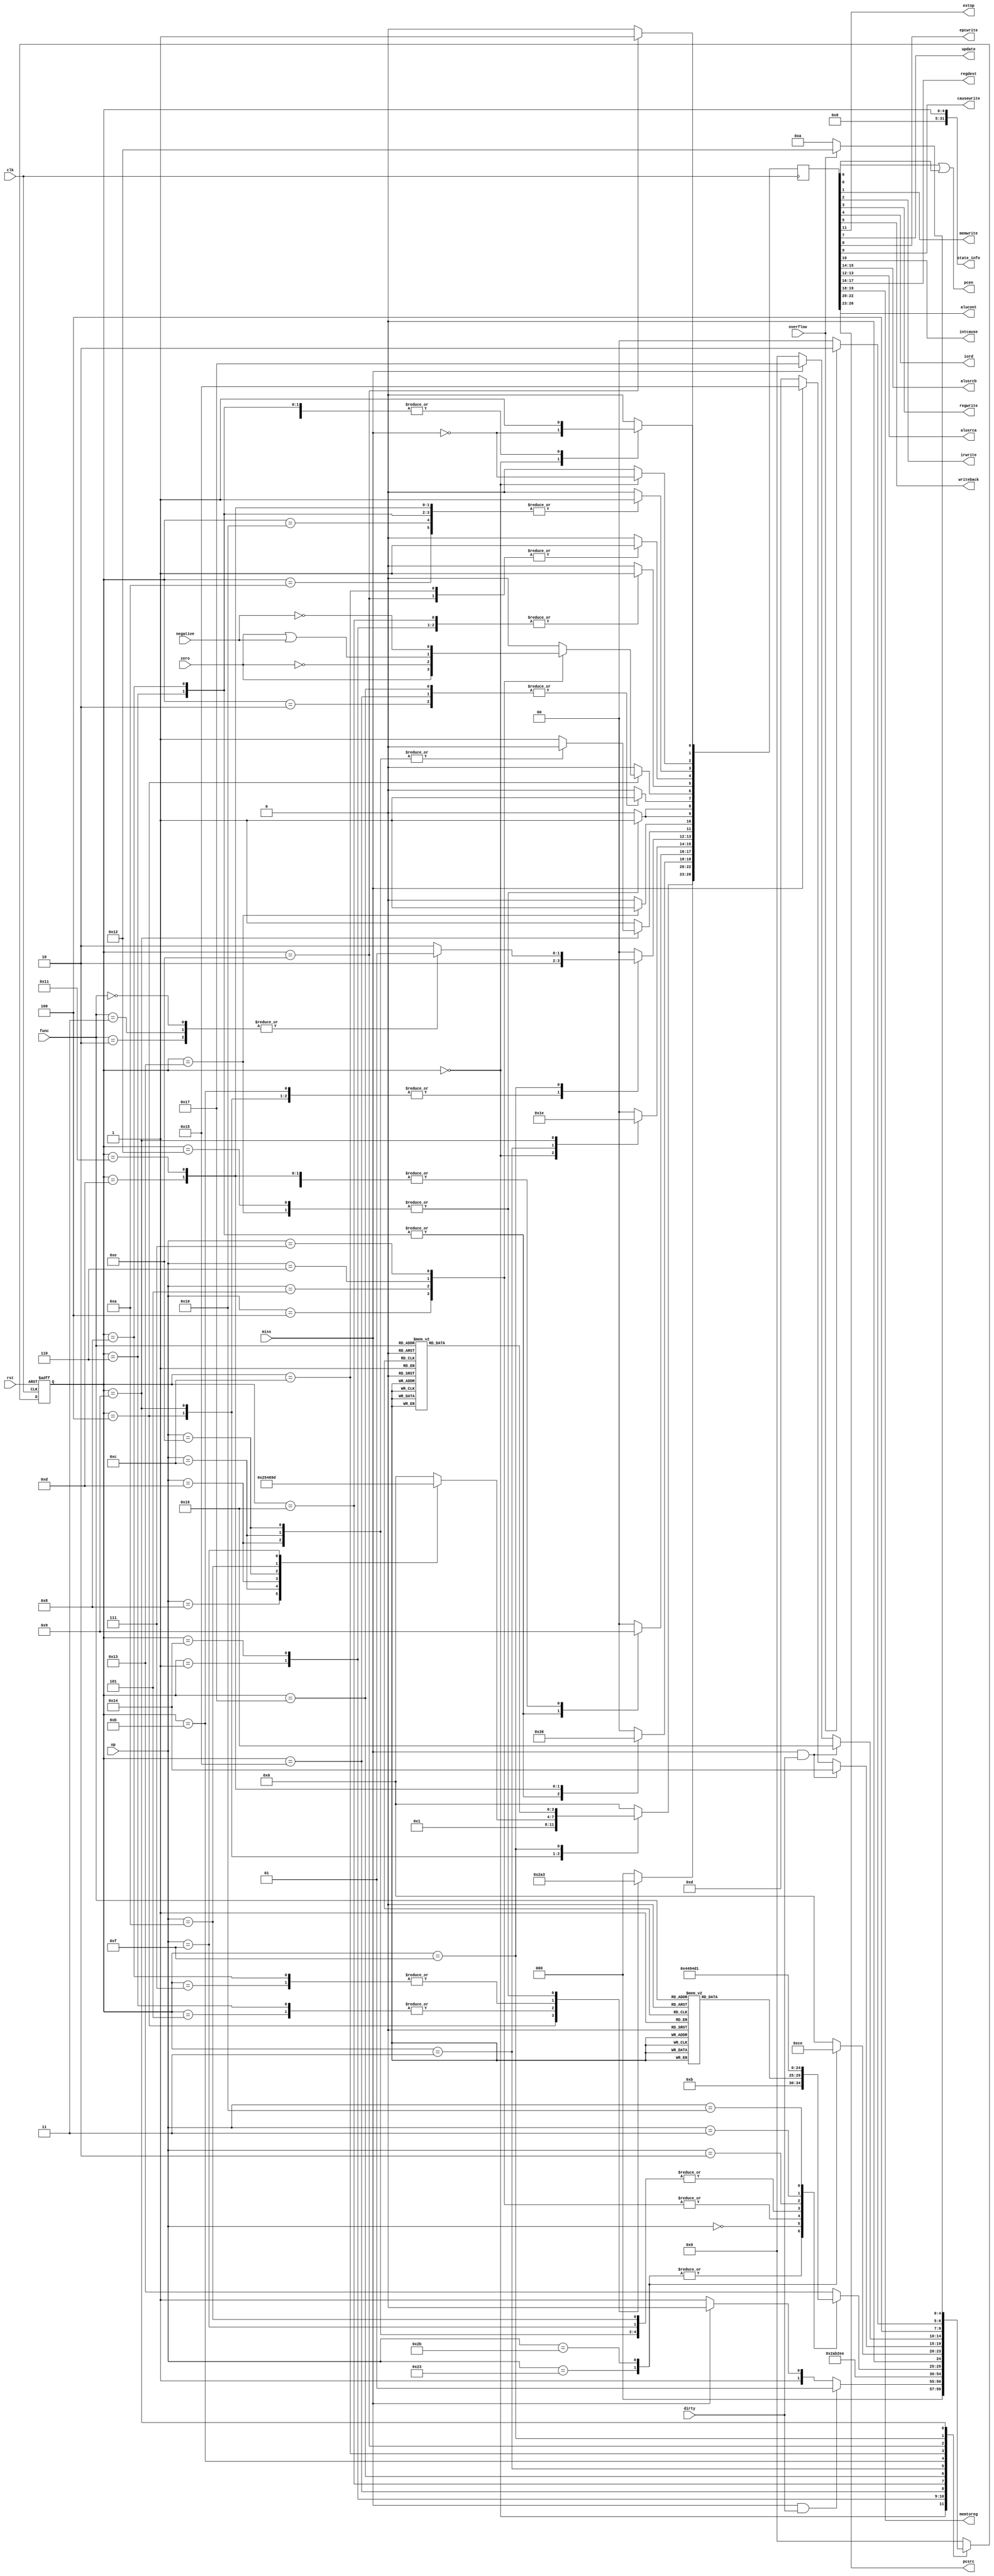
module control_fsm(input clk,
	               input rst,
	               input [5:0] op,
	               input [5:0] func,
	               input zero,
	               input negative,
	               input overflow,
	               input miss, dirty,
	               output memwrite, irwrite, regwrite, iord, writeback,extop,
	               output pcen, update, epcwrite, causewrite,intcause,
	               output [1:0] alusrcb, alusrca, regdest, memtoreg,
	               output [2:0] pcsrc, 
	               output [3:0] alucont,
	               output [31:0] state_info);


parameter FETCH   =   5'b00000,
          FCDIRTY   =   5'b00001,
          FCUPDATE  =   5'b00010,
          DECODE    =   5'b00011,
          BRANCHI    =   5'b00100,
          JUMPI     =   5'b00101,
          JALI      =   5'b00110,
          JRI       =   5'b00111,
          JRALI     =   5'b01000,
          IEX       =   5'b01001,
          IWB       =   5'b01010,
          MEMADR    =   5'b01011,
          MEMRD     =   5'b01100,
          MEMWB     =   5'b01101,
          MEMWR     =   5'b01110,
          REGEX     =   5'b01111,
          REGWB     =   5'b10000,
          MFC0      =   5'b10001,
          OVFLOW    =   5'b10010,
          UNDEFINED =   5'b10011,
          LCDIRTY   =   5'b10100,
          LCUPDATE  =   5'b10101,
          SCDIRTY   =   5'b10110,
          SCUPDATE  =   5'b10111;



/********************************************************************/

parameter REGOP =  6'b000000;
//reg - code
parameter ADD   =  6'b100000,
          SUB   =  6'b100010,
          ADDU  =  6'b100001,
          SUBU  =  6'b100011,
          AND   =  6'b100100,
          OR    =  6'b100101,
          XOR   =  6'b100110,
          NOR   =  6'b100111,
          SLT   =  6'b101010,
          SLTU  =  6'b101011,
          SRL   =  6'b000010,
          SRA   =  6'b000011,
          SLL   =  6'b000000,
          SLLV  =  6'b000100,
          SRLV  =  6'b000110,
          SRAV  =  6'b000111,
          JR    =  6'b001000,
          JALR  =  6'b001001,
          NOP   =  6'b000000,
          MFC   =  6'b010000,

/********************************************************************/
//immediate - code

          ADDI  =  6'b001000,
          ANDI  =  6'b001100,
          ORI   =  6'b001101,
          XORI  =  6'b001110,
          LW    =  6'b100011,
          LUI   =  6'b001111,
          SW    =  6'b101011,
          BEQ   =  6'b000100,
          BNE   =  6'b000101,
          BLEZ  =  6'b000110,
          BGTZ  =  6'b000111,
          SLTI  =  6'b001010,

/************************************************************************/
//jump - code
          J     =  6'b000010,
          JAL   =  6'b000011;
//ALU cont
parameter A_addu = 4'b0000,
          A_subu = 4'b0001,
          A_add  = 4'b0010,
          A_sub  = 4'b0011,
          A_or   = 4'b0100,
          A_and  = 4'b0101,
          A_xor  = 4'b0110,
          A_nor  = 4'b0111,
          A_sltu = 4'b1000,
          A_slt  = 4'b1001,
          A_sll  = 4'b1010,
          A_srl  = 4'b1011,
          A_sra  = 4'b1100,
          A_lui  = 4'b1101;

reg [4:0] state, next_state;
wire branch;
wire pcwrite;

initial begin state = FETCH; next_state = FETCH; end

always @(posedge clk or posedge rst) 
begin
	if (rst) 
	state = FETCH;
	else 
	state = next_state;
end

assign state_info = {27'b0, state};
reg [26:0] control;
always @(posedge clk) 
begin
    control <= 27'b0;
    control[11] <= 1'b1;
		case(state)
    FETCH:   begin
                 control[4] <= 1'b0;
                 control[13:12] <= 2'b00;
                 control[15:14] <= 2'b01;
                 control[26:23] <= A_addu;
                 control[22:20] <= 3'b000;
                 control[2] <= !miss;
                 control[0] <= !miss;
                 control[7] <= 1'b0;
                 control[3] <= 1'b0;
                 control[1] <= 1'b0;
                 control[8] <= 1'b0;
                 control[9] <= 1'b0;
                 control[5] <= 1'b0;
                 control[10] <= 1'b0;
                 control[17:16] <= 2'b00;
                 control[19:18] <= 2'b00;
                 control[6] <= 1'b0;
                 control[11] <= 1'b1;
             end
    FCDIRTY: begin
             control[2] <= 1'b0;
             control[5] <= 1'b1;
             control[0] <= 1'b0; 
           end
    FCUPDATE: begin
               control[0] <= 1'b0;
               control[2] <= 1'b0;
               control[5] <= 1'b0;
               control[7] <= 1'b1;
              end
    DECODE:  begin
                 control[7] <= 1'b0;
                 control[13:12] <= 2'b00;
                 control[15:14] <= 2'b11;
                 control[26:23] <= A_addu;
                 control[0] <= 1'b0;
                 control[2] <= 1'b0;
             end
    BRANCHI:  begin
                 control[13:12] <= 2'b10;
                 control[2] <= 1'b0;
                 control[15:14] <= 2'b00;
                 control[26:23] <= A_subu;
                 control[22:20] <= 3'b001;
                 case(op)
                   BEQ: control[6] <= zero;
                   BNE: control[6] <= !zero;
                   BLEZ: control[6] <= zero | negative;
                   BGTZ: control[6] <= !negative;
                   default: control[6] <= 1'b0;
                 endcase
                end
     JUMPI:   begin
               control[22:20] <= 3'b010;
               control[2] <= 1'b0;
               control[0] <= 1'b1;
           end
     JALI:    begin
               control[22:20] <= 3'b010;
               control[17:16] <= 2'b10;
               control[2] <= 1'b0;
               control[19:18] <= 2'b11;
               control[3] <= 1'b1;
               control[0] <= 1'b1;
           end
     JRALI:   begin
               control[22:20] <= 3'b100;
               control[2] <= 1'b0;
               control[0] <= 1'b1;
               control[19:18] <= 2'b11;
               control[17:16] <= 2'b10;
               control[3] <= 1'b1;
           end
     JRI:   begin
               control[22:20] <=  3'b100;
               control[0] <= 1'b1;
               control[2] <= 1'b0;
           end
     IEX:     begin
               control[13:12] <= 2'b10;
               control[15:14] <= 2'b10;
               control[0] <= 1'b0;
               control[2] <= 1'b0;
               case(op)
                 ADDI: control[26:23] <= A_add; //add
                 ANDI: control[26:23] <= A_and; //and
                 ORI : control[26:23] <= A_or; //or
                 XORI: control[26:23] <= A_xor; //xor
                 SLTI: control[26:23] <= A_slt;
                 LUI : control[26:23] <= A_lui;
                 default: control[26:23] <= A_addu;
               endcase
               case(op)
                 ANDI: control[11] <= 1'b0;
                 ORI:  control[11] <= 1'b0;
                 XORI: control[11] <= 1'b0;
                 default: control[11] <= 1'b1;
               endcase
             end
     IWB:   begin
               control[17:16] <= 2'b00;
               control[19:18] <= 2'b00;
               control[3] <= 1'b1;
               control[0] <= 1'b0;
           end
     MEMADR:  begin
               control[13:12] <= 2'b10;
               control[15:14] <= 2'b00;
               control[26:23] <= A_addu;
               control[2] <= 1'b0;        
             end
     MEMRD:   begin 
               control[4] <= 1'b1; 
               control[2] <= 1'b0; 
               control[0] <= 1'b0; 
               control[7] <= 1'b0; 
             end
     LCDIRTY: begin control[5] <= 1'b1; end
     LCUPDATE: begin control[5] <= 1'b0; control[7] <= 1'b1; end
     MEMWB:   begin
               control[17:16] <= 2'b01;
               control[19:18] <= 1'b1;
               control[3] <= 1'b1;
               control[0] <= 1'b0;
               control[2] <= 1'b0;
             end
     MEMWR:   begin
                 control[4] <= 1'b1;
                 control[1] <= 1'b1;
                 control[0] <= 1'b0;
                 control[2] <= 1'b0;
                 control[7] <= 1'b0;
             end
     SCUPDATE: begin control[5] <= 1'b0; control[7] <= 1'b1; end
     SCDIRTY:  begin control[5] <= 1'b1; end   
     REGEX:  begin
                case(func)
                 SRL: control[13:12] <= 2'b01;
                 SRA: control[13:12] <= 2'b01;
                 SLL: control[13:12] <= 2'b01;
                 default: control[13:12] <= 2'b10;
                endcase
                control[15:14] <= 2'b00;
                control[0] <= 1'b0;
              control[2] <= 1'b0;
                case(func)
                  ADD : control[26:23] <= A_add; //add
                  ADDU: control[26:23] <= A_addu;
                  SUBU: control[26:23] <= A_subu;
                  SUB : control[26:23] <= A_sub; //sub
                  AND : control[26:23] <= A_and; //and
                  OR  : control[26:23] <= A_or; //or
                  XOR : control[26:23] <= A_xor; //xor
                  NOR : control[26:23] <= A_nor; //nor
                  SLT : control[26:23] <= A_slt; //slt
                  SLTU: control[26:23] <= A_sltu;
                  SLL : control[26:23] <= A_sll; //sll
                  SLLV: control[26:23] <= A_sll; //sll
                  SRLV: control[26:23] <= A_srl;
                  SRAV: control[26:23] <= A_sra;
                  SRL : control[26:23] <= A_srl; //srl
                  SRA : control[26:23] <= A_sra; //sra
                  default: control[26:23] <= A_addu;
                endcase
            end
     REGWB:  begin
                control[17:16] <= 2'b01;
                control[3] <= 1'b1;
                control[19:18] <= 2'b00;
                control[0] <= 1'b0;
            end
     MFC0:   begin
                control[17:16] <= 2'b01;
                control[19:18] <= 2'b10;
                control[3] <= 1'b1;
                control[0] <= 1'b0;
            end
     UNDEFINED: begin
                   control[22:20] <= 2'b11;
                   control[0] <= 1;
                   control[10] <= 1;
                   control[9] <= 1;
                   control[0] <= 1'b0;                
                   control[8] <= 1;
               end
     OVFLOW: begin
                control[22:20] <= 2'b11;
                control[0] <= 1'b1;
                control[10] <= 1'b0;
                control[9] <= 1'b1;
                control[0] <= 1'b0;
                control[8] <= 1'b1;
           end
     default: begin control[26:23] <= A_addu; end
    endcase
end


assign pcwrite  =  control[0];
assign memwrite =  control[1];
assign irwrite  =  control[2];
assign regwrite =  control[3];
assign iord     =  control[4];
assign writeback  =  control[5];
assign branch     =  control[6];
assign update     =  control[7];
assign epcwrite   =  control[8];
assign causewrite =  control[9];
assign intcause   =  control[10];
assign extop      =  control[11];
assign alusrca    =  control[13:12];
assign alusrcb    =  control[15:14];
assign regdest    =  control[17:16];
assign memtoreg   =  control[19:18];
assign pcsrc      =  control[22:20];
assign alucont    =  control[26:23];
assign pcen = control[6] | control[0];


always @(*) 
begin
  case(state)
  FETCH :  begin 
             if(miss && dirty)
                  next_state = FCDIRTY;
             else if(miss)
                next_state = FCUPDATE;
             else 
                next_state = DECODE;
           end         
  FCDIRTY:  next_state = FCUPDATE;
  FCUPDATE: next_state = FETCH;
  LCDIRTY:  next_state = LCUPDATE;
  LCUPDATE: next_state = MEMRD;
  SCDIRTY:  next_state = SCUPDATE;
  SCUPDATE: next_state = MEMWR;
  DECODE:  case(op)
           LW:      next_state = MEMADR;
           SW:      next_state = MEMADR;
           REGOP:   case(func)
                    JALR: next_state = JRALI;
                    JR:  next_state = JRI;
                    ADD : next_state = REGEX; //add
                    ADDU: next_state = REGEX;
                    SUBU: next_state = REGEX;
                    SUB : next_state = REGEX; //sub
                    AND : next_state = REGEX; //and
                    OR  : next_state = REGEX; //or
                    XOR : next_state = REGEX; //xor
                    NOR : next_state = REGEX; //nor
                    SLT : next_state = REGEX; //slt
                    SLTU: next_state = REGEX;
                    SLL : next_state = REGEX; //sl
                    SLLV: next_state = REGEX; //sll
                    SRLV: next_state = REGEX;
                    SRAV: next_state = REGEX;
                    SRL : next_state = REGEX; //srl
                    SRA : next_state = REGEX; //sra
                    default:  next_state = UNDEFINED;
                    endcase
           BEQ:     next_state = BRANCHI;
           BNE:     next_state = BRANCHI;
           BLEZ:    next_state = BRANCHI;
           BGTZ:    next_state = BRANCHI;
           ADDI:    next_state = IEX;
           ORI:     next_state = IEX;
           ANDI:    next_state = IEX;
           XORI:    next_state = IEX;
           LUI:     next_state = IEX;
           SLTI:    next_state = IEX;
           J:       next_state = JUMPI;
           JAL:     next_state = JALI;
           MFC:     next_state = MFC0;
           default: next_state = UNDEFINED; //ERRO 
           endcase
  MEMADR:  case(op)
           LW:      next_state = MEMRD;
           SW:      next_state = MEMWR;
           default: next_state = FETCH; //NEVER HAPPEN
           endcase
  MEMRD:   begin
             if(miss & dirty)
               next_state = LCDIRTY;
             else if (miss)
               next_state = LCUPDATE;
             else 
               next_state = MEMWB;
           end
  MEMWB:   next_state = FETCH;
  MEMWR:   begin
             if(miss & dirty)
               next_state = SCDIRTY;
             else if (miss)
               next_state = SCUPDATE;
             else 
               next_state = FETCH;
           end
  REGEX:   begin
             if(overflow) next_state = OVFLOW;
             else next_state = REGWB;
           end
  REGWB:   next_state = FETCH;
  BRANCHI:  next_state = FETCH;
  IEX:     begin
              if(overflow) next_state = OVFLOW;
              else next_state = IWB;
           end
  IWB:     next_state = FETCH;
  JUMPI:   next_state = FETCH;
  JALI:    next_state = FETCH;
  JRI:     next_state = FETCH;
  JRALI:   next_state = FETCH;
  UNDEFINED: next_state = FETCH;
  MFC0:      next_state = FETCH;
  default:   next_state = FETCH; // nenver happen
  endcase
end
            


endmodule